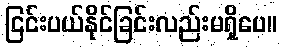
ငြင်းပယ်နိုင်ခြင်းလည်းမရှိပေ။